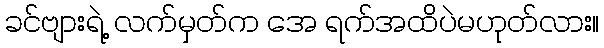
ခင်ဗျားရဲ့ လက်မှတ်က အေ ရက်အထိပဲမဟုတ်လား။